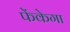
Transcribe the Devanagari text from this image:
फेंकेगा